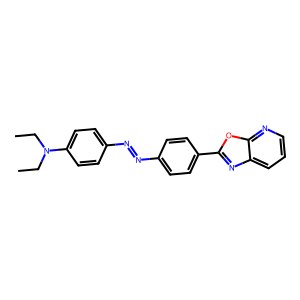
SMILES: CCN(CC)c1ccc(N=Nc2ccc(-c3nc4cccnc4o3)cc2)cc1
Inhibits HIV replication: No